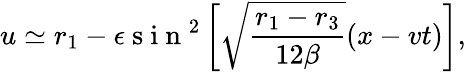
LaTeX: u\simeq r_{1}-\epsilon\mathrm{~s~i~n~}^{2}\left[\sqrt{\frac{r_{1}-r_{3}}{12\beta}}(x-vt)\right],